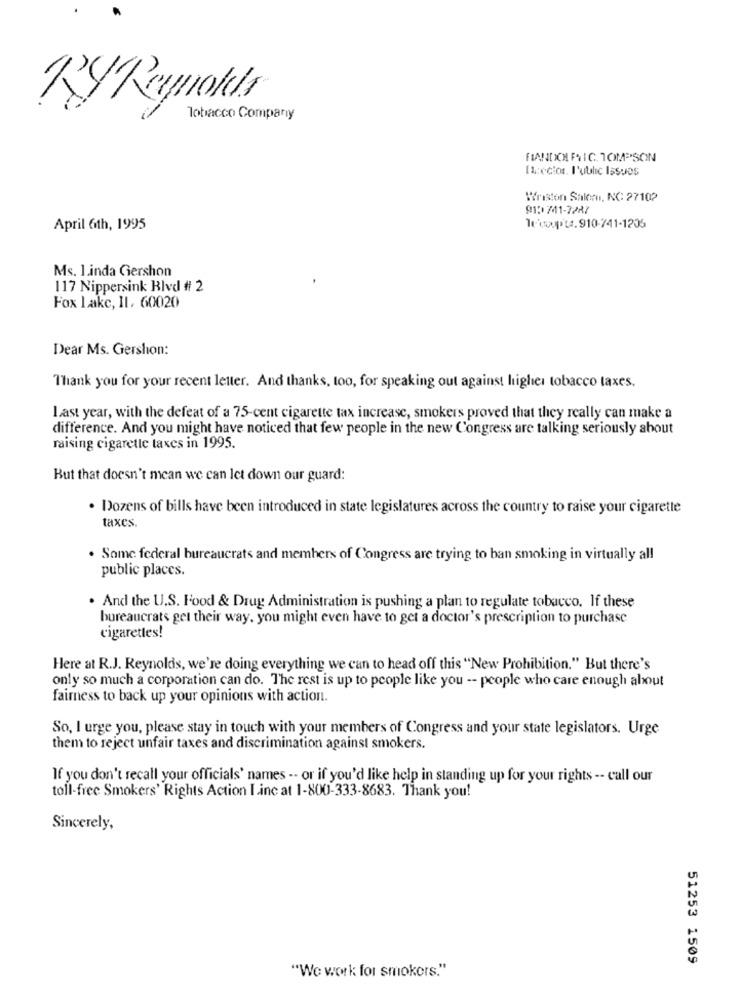
RyReynolds
Tobacco Company
FIANDO FAIC. TOMPSON
Itrecios. l'ublic Issues
Wriston Salom, NC: 2710?
91: 741-7287
April 6th, 1995
Wowopts. 910-741-1205
Ms. 1.inda Gershon
117 Nippersink Blvd # 2
Fox Lake, IL. 60020
Dear Ms. Gershon:
Thank you for your recent letter. And thanks, too, for speaking out against higher tobacco taxes.
Last year, with the defeat of a 75-cent cigarette tax increase, smokers proved that they really can make a
difference. And you might have noticed that few people in the new Congress are talking seriously about
raising cigarette taxes in 1995.
But that doesn't mean we can let down our guard:
. Dozens of bills have been introduced in state legislatures across the country to raise your cigarette
taxes
. Some federal bureaucrats and members of Congress are trying to ban smoking in virtually all
public places.
. And the U.S. Food & Drug Administration is pushing a plan to regulate tobacco. If these
bureaucrats get their way, you might even have to get a doctor's prescription to purchase
cigarettes!
Here at R.J. Reynolds, we're doing everything we can to head off this "New Prohibition." But there's
only so much a corporation can do. The rest is up to people like you -- people who care enough about
fairness to back up your opinions with action.
So, I urge you, please stay in touch with your members of Congress and your state legislators. Urge
them to reject unfair taxes and discrimination against smokers.
If you don't recall your officials' names -- or if you'd like help in standing up for your rights -- call our
toll-free Smokers' Rights Action I.inc at 1-800-333-8683. Thank you!
Sincerely,
51253 1509
"We work for smokers."